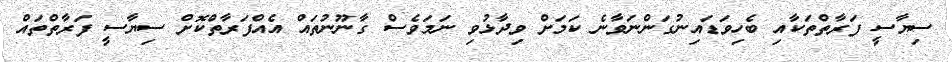
ސިޔާސީ ފަރާތްތަކާއި ބެހިވަޑައިނުގަންނަވާނެ ކަމަށް ވިދާޅުވި ނަމަވެސް ގާނޫނުތައް އެއްފަރާތްކޮށް ސިޔާސީ ފަރާތްތައް